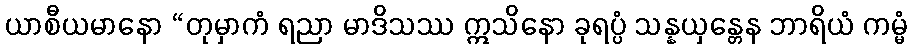
ယာစီယမာနော “တုမှာကံ ရညာ မာဒိသဿ ဣသိနော ခုရပ္ပံ သန္နယှန္တေန ဘာရိယံ ကမ္မံ